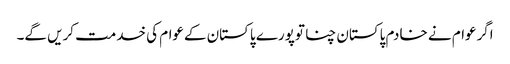
اگرعوام نے خادم پاکستان چنا توپورے پاکستان کےعوام کی خدمت کریں گے۔